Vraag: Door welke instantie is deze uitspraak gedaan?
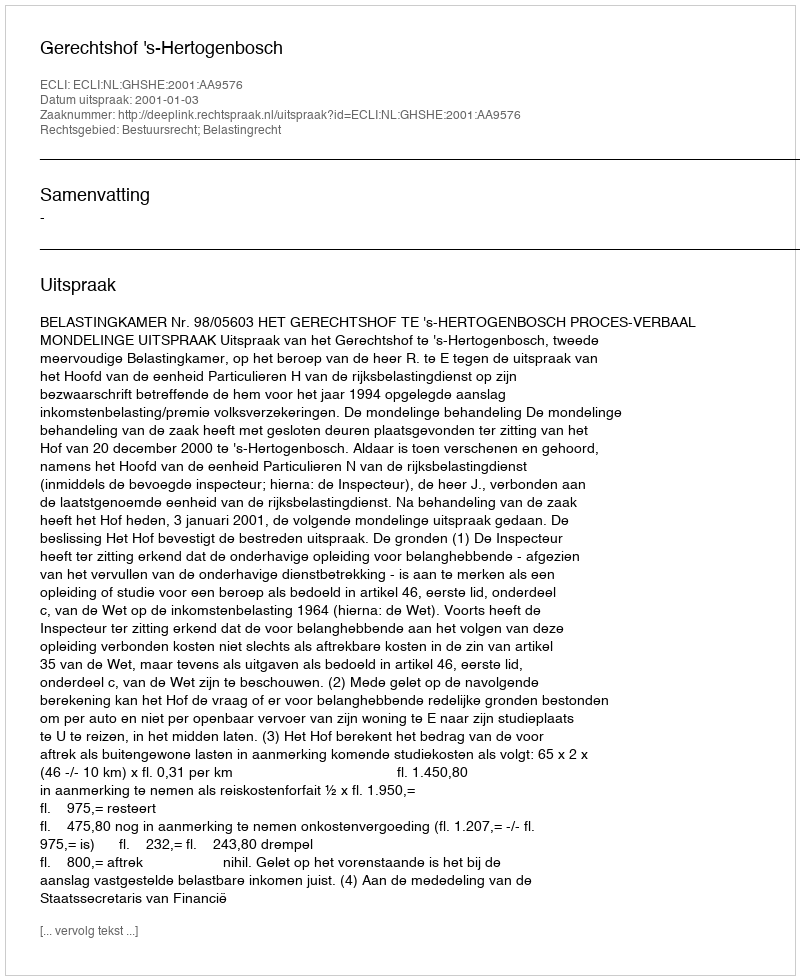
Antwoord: Gerechtshof 's-Hertogenbosch